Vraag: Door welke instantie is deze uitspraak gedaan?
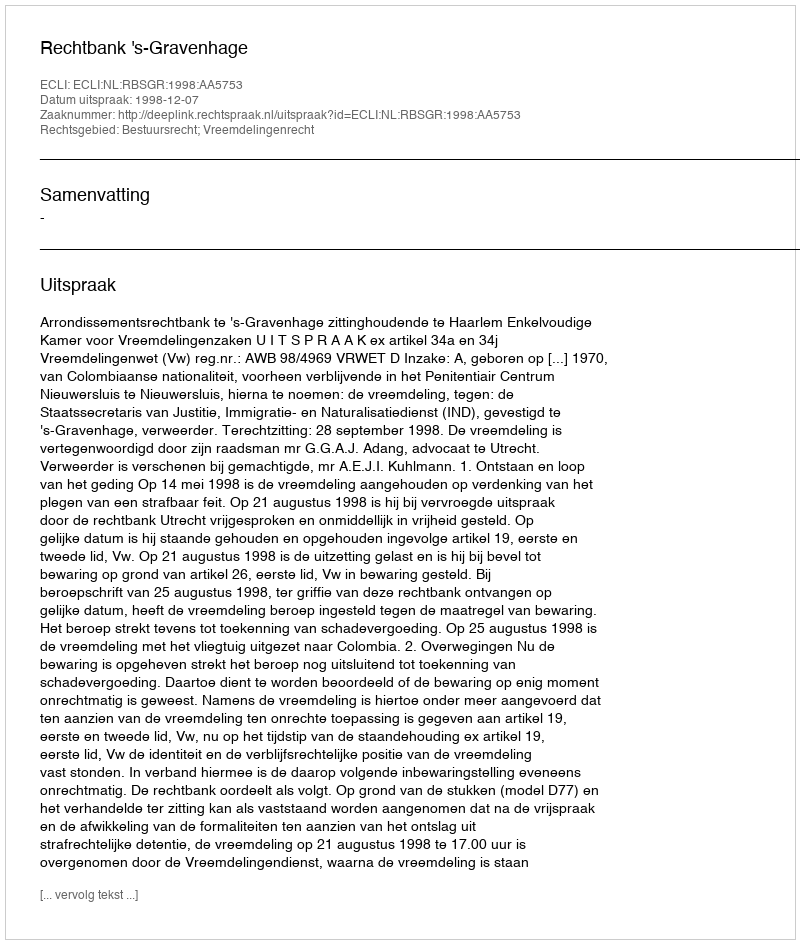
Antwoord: Rechtbank 's-Gravenhage